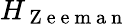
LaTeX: H_{\mathrm{~Z~e~e~m~a~n~}}